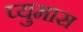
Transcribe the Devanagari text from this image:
प्युमास